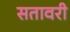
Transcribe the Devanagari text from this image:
सतावरी